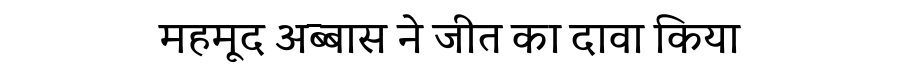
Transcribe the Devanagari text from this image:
महमूद अब्बास ने जीत का दावा किया